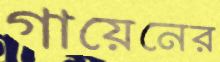
গায়েনের